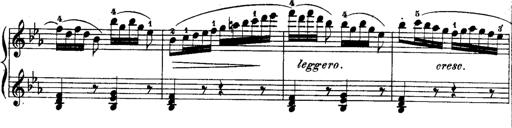
Title: Rondos and Sonatinas for Pianoforte
Composer: Daniel Steibelt